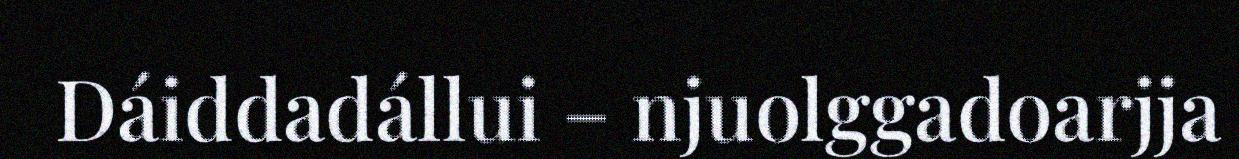
Dáiddadállui – njuolggadoarjja